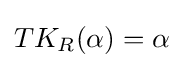
TK_{R}(\alpha )=\alpha